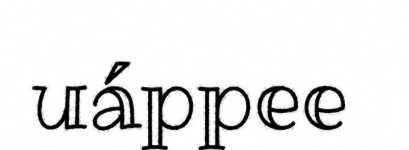
uáppee